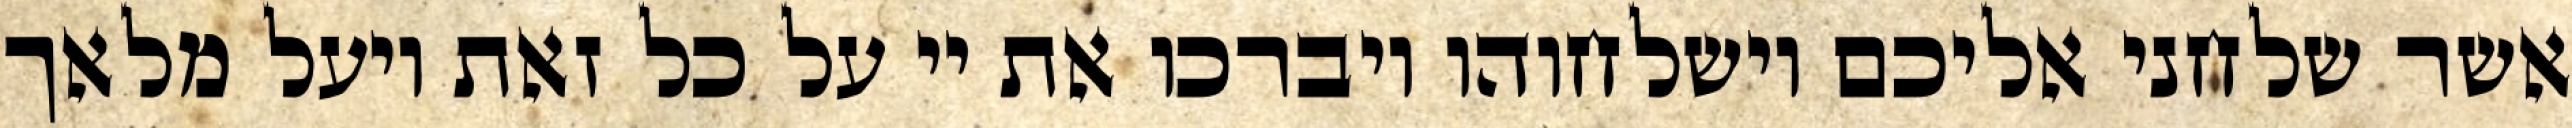
אשר שלחני אליכם וישלחוהו ויברכו את יי על כל זאת ויעל מלאך